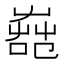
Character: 𦱢